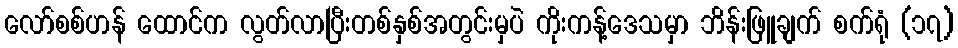
လော်စစ်ဟန် ထောင်က လွတ်လာပြီးတစ်နှစ်အတွင်းမှပဲ ကိုးကန့်ဒေသမှာ ဘိန်းဖြူချက် စက်ရုံ (၁၇)